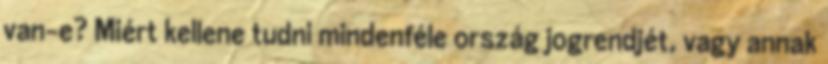
van-e? Miért kellene tudni mindenféle ország jogrendjét, vagy annak